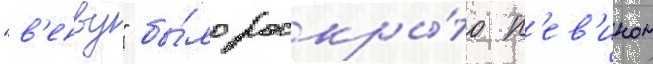
"в'енву" бы́ло раскры́то к'ев'ином